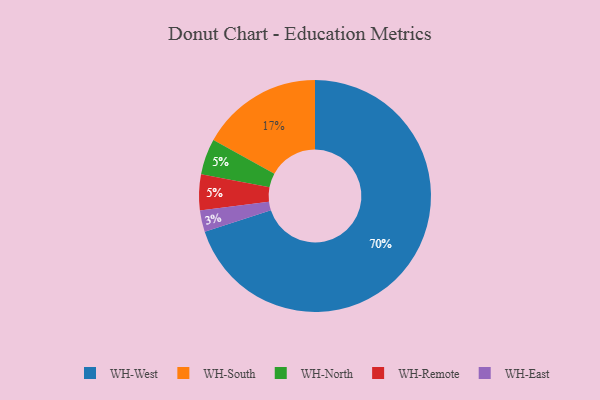
{"axis": {"x": "Category", "y": "Percentage"}, "legend": ["WH-East", "WH-North", "WH-Remote", "WH-South", "WH-West"], "data": [{"x": "WH-West", "y": 70, "type": "WH-West"}, {"x": "WH-East", "y": 3, "type": "WH-East"}, {"x": "WH-North", "y": 5, "type": "WH-North"}, {"x": "WH-South", "y": 17, "type": "WH-South"}, {"x": "WH-Remote", "y": 5, "type": "WH-Remote"}]}